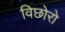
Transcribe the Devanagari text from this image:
विछोरो